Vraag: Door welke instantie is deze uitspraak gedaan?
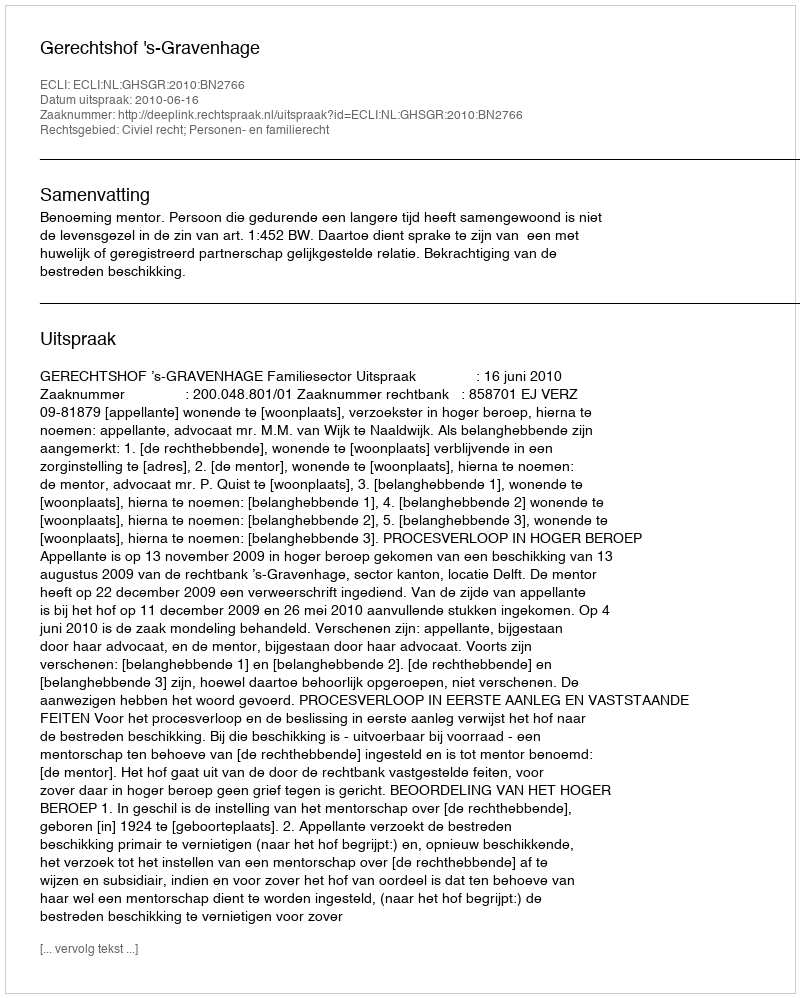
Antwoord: Gerechtshof 's-Gravenhage